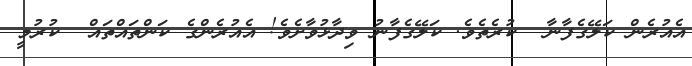
އެއުރެން ކަލޭގެފާނާ  ކުރެތެވެ. ކަލޭގެފާނު ވިދާޅުވާށެވެ! އެއުރެންގެ ކަންތައްތައް  ކުރުމީ